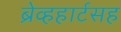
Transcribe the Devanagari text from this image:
ब्रेव्हहार्टसह